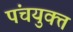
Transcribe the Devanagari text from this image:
पंचयुक्त